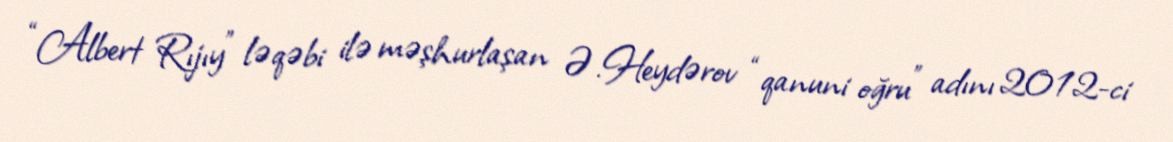
“Albert Rıjıy” ləqəbi ilə məşhurlaşan Ə.Heydərov “qanuni oğru” adını 2012-ci